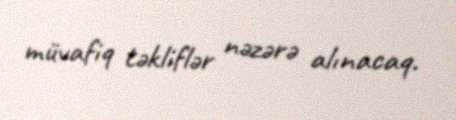
müvafiq təkliflər nəzərə alınacaq.